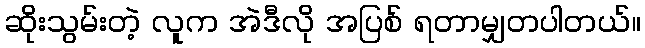
ဆိုးသွမ်းတဲ့ လူက အဲဒီလို အပြစ် ရတာမျှတပါတယ်။